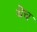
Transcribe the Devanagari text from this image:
येच